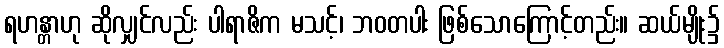
ရဟန္တာဟု ဆိုလျှင်လည်း ပါရာဇိက မသင့်၊ ဘဝတပါး ဖြစ်သောကြောင့်တည်း။ ဆယ်မျိုး၌